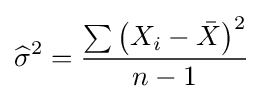
{\widehat {\sigma }}^{2}={\frac {\sum \left(X_{i}-{\bar {X}}\right)^{2}}{n-1}}